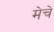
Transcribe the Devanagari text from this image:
मेचे